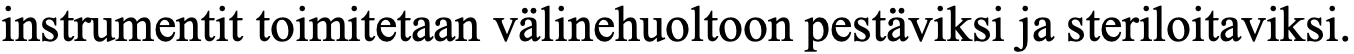
instrumentit toimitetaan välinehuoltoon pestäviksi ja steriloitaviksi.